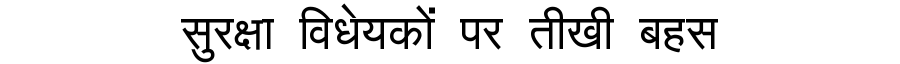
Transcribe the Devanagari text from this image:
सुरक्षा विधेयकों पर तीखी बहस